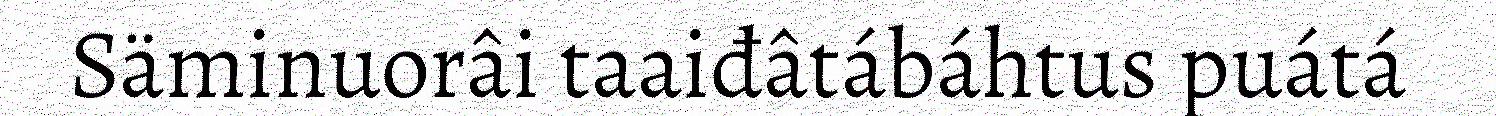
Säminuorâi taaiđâtábáhtus puátá